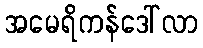
အမေရိကန်ဒေါ်လာ